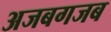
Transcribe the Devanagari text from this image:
अजबगजब